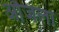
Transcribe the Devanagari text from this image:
औजला